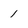
Character: 1